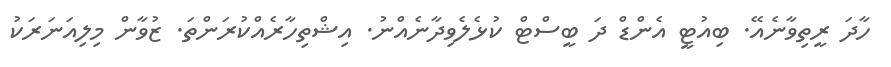
ހާދަ ރީތިވާނެއޭ. ބިއުޓީ އެންޑް ދަ ބީސްޓް ކުޅެލެވިދާނެއްނު. އިޝްތިހާރެއްކުރަންތަ. ޒުވާން މިލިއަނަރަކު